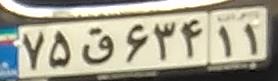
۷۵ق۶۳۴۱۱